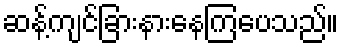
ဆန့်ကျင်ခြားနားနေကြပေသည်။